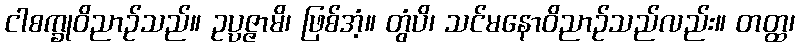
ငါစက္ခုဝိညာဉ်သည်။ ဥပ္ပဇ္ဇာမိ၊ ဖြစ်အံ့။ တွံပိ၊ သင်မနောဝိညာဉ်သည်လည်း။ တတ္ထ၊